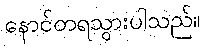
နောင်တရသွားပါသည်။